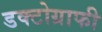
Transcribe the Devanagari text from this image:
डक्टोग्राफी